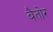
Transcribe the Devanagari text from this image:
बैतोर